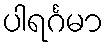
ပါရင်္ဂမာ